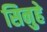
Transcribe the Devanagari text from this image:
सिनुहे